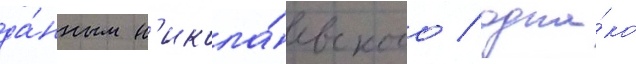
да́нным н'икола́евского / одна́ко